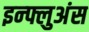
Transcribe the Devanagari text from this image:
इन्फ्लुअंस